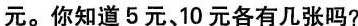
元。你知道5元、10元各有几张吗?